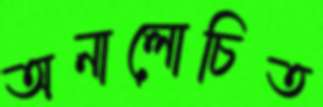
অনালোচিত